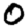
Digit: 0